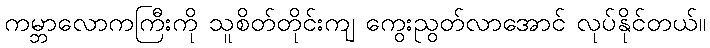
ကမ္ဘာလောကကြီးကို သူစိတ်တိုင်းကျ ကွေးညွတ်လာအောင် လုပ်နိုင်တယ်။